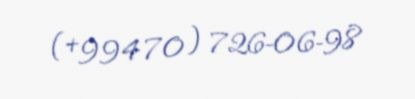
(+994 70) 726-06-98